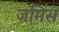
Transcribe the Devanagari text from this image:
जमिस